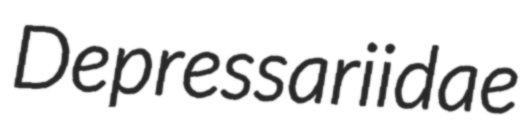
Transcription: Depressariidae